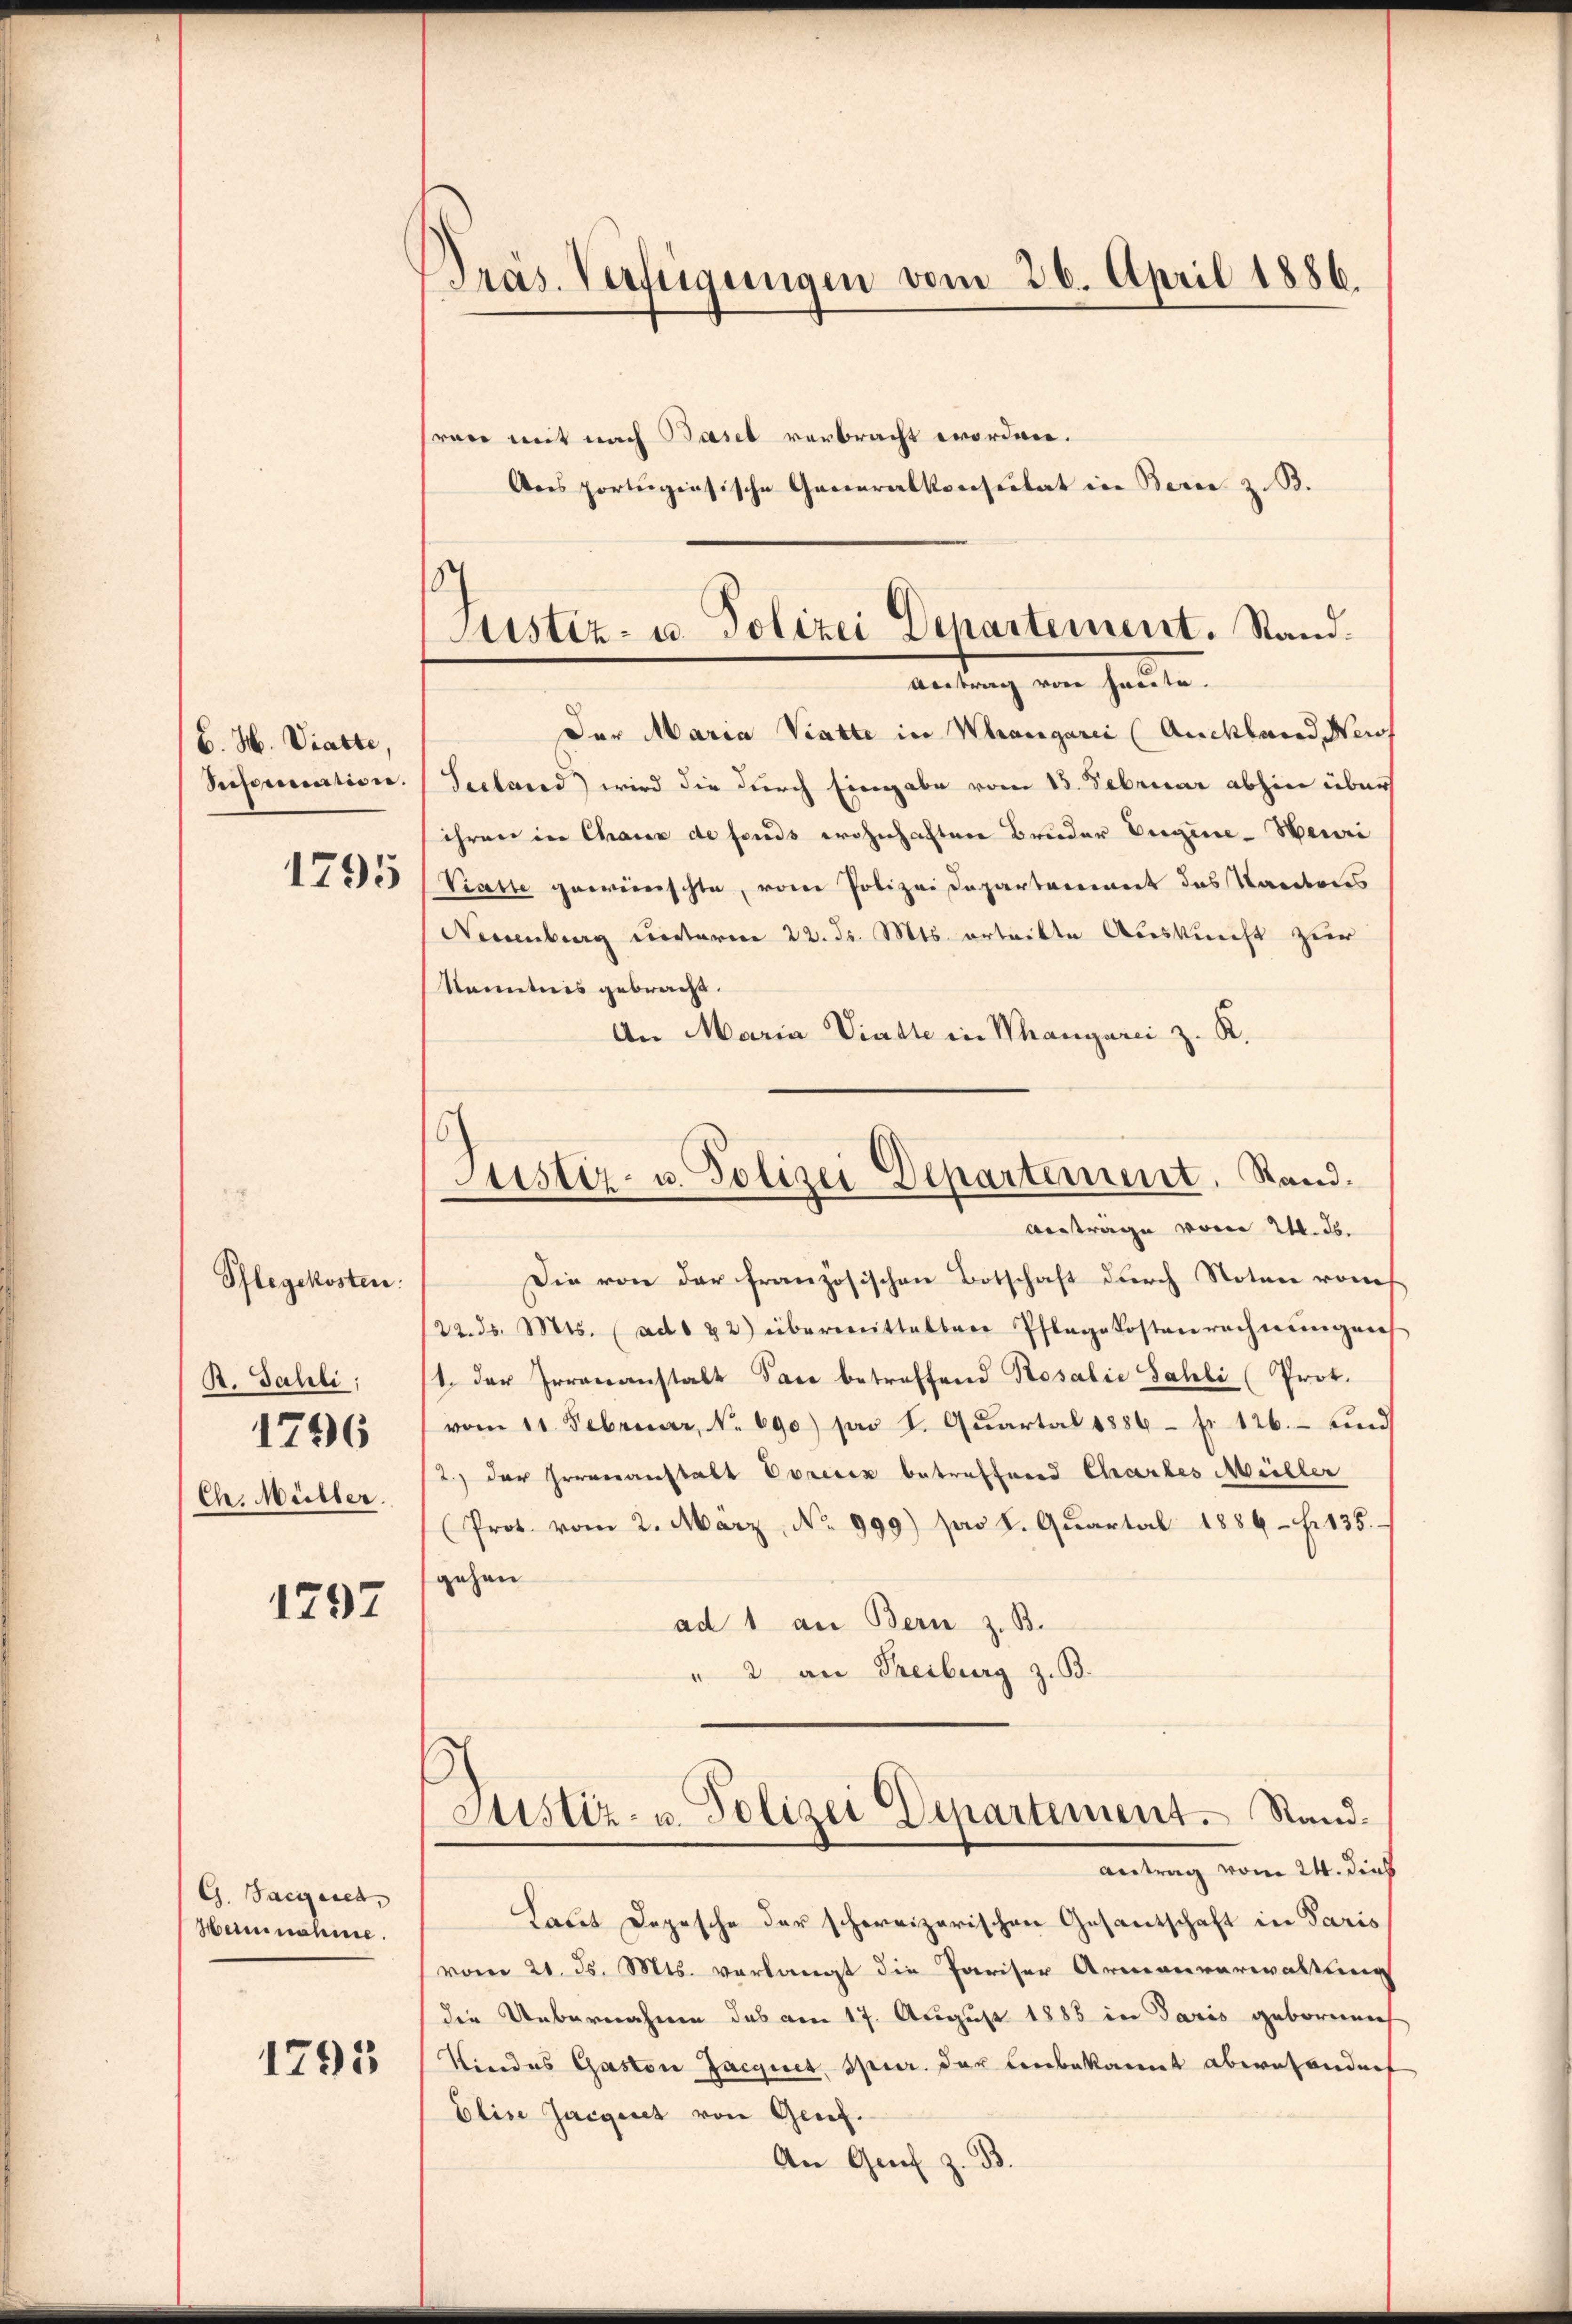
B. H. Viatte,
Sichemation.
1795

Pflegekosten:
B. Sahli,
1796
Ch. Müller.

1297

G. Sargesch
Hernahme.
1795

von mit nach Basel verbracht worden.
Ans portugisische Generalkonsulat in Berne z. B.

Präs. Verfügungen vom 26. April 1886.

Der Maria Viatte in Wrangarii (Auckhard, New
Seeland) wird die durch Eingabe vom 13. Februar abhin über
ihren in Chaux de fonds wohnhaften Bruder Eigene - Heuri
Viatte gewünschte, vom Polizei Departement das Kanderes
Neuenburg unterm 22. d. Mts. erteilte Auskunft zur
Kenntnis gebracht.
An Maria Viatte in Wangarii z. R.
Die von der französischen Botschaft durch Noten vom
22. ds. Mts. (ad 32) übermittelten Pflegekostenrechnŭngen
1. der Irrenanstalt dare betreffend Rosalie Sahli (Prot.
vom 11. Februar, No. 690) par l. Quartal 1886 - fr. 126. und
2) der Herveranstalt Poreck betreffend Chartes Müller
(Prot. vom 2. März, No. 999) pro l. Qŭartal 1886 f. 135.
gehen
ad 1 an Bern z. B.
" 2 an Treiburg z. B.

h
Justiz- u. Polizei Departement. Stand.
bertrag von heute.

Justiz- u. Polizei Departement. Stand.
Austrage vom 24. ds.

Justiz- u. Polizei Departement. Rand¬

wendung vom 24. dich
Latit Depesche der schweizerischen Gesandschaft in Paris
vom 21. Js. Mts. verlangt die Pariser Armenverwaltung
die Uebernahme das am 17. August 1883 in Paris geborenen
Kindes Gaston Jacquet, Spur. Der Unbekannt abwesendorf
Elise Jaegeret von Genf.
An Graf z. B.